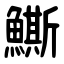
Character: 䲉